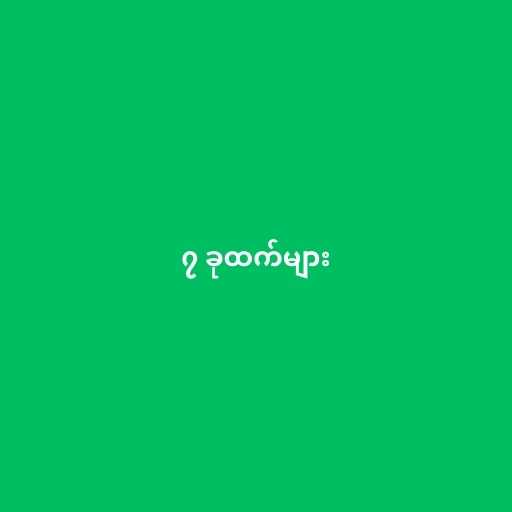
၇ ခုထက်များ